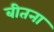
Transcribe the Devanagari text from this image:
बीतना